Vaccine operations Central Provinces 1868-1885 - 1868-1885
Year: 1868
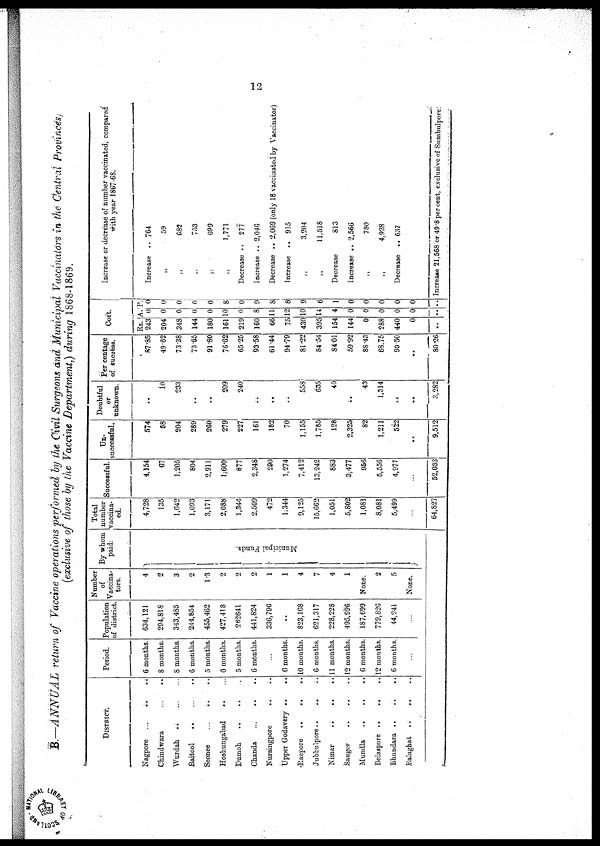
12
B.—ANNUAL return of Vaccine operations performed by the Civil Surgeons and Municipal Vaccinators in the Central Provinces;
(exclusive of those by the Vaccine Department,) during 1868-1869.
DISTRICT.
Nagpore...
...
...
Chindwara...
...
Wurdah... ...
Baitool... ...
Seonee...
...
Hoshungabad... ...
Dumoh...
...
Chanda...
...
Nursmpore...
...
Upper
Godavery...
...
Raepore... ...
Jubbulpore... ...
Nimar... ...
Saugor... ...
Mudla... ...
Belaspore... ...
Bhundara... ...
Balaghat... ...
Period.
6 months.
8 months.
8 months.
6 months.
5 months.
6 months.
5 months.
6 months.
...
6 months.
10 months.
6 months.
11 months.
12 months.
6 months.
12 months
6 months.
...
Population
of district.
634,121
294,818
343,485
244,854
455,462
427,418
262641
441,824
336,796
...
823,168
621,317
228,228
495,996
187,699
779,826
44,241
...
Number
of
Vaccina-
tors.
4
2
3
2
13
2
2
2
1
1
4
7
4
1
None.
2
5
None.
By whom
paid.
Muni c i
pa l Funds.
Total
number
vaccina-
ed.
4,728
135
1,642
1,093
3,171
2,088
1,344
2,509
472
1,344
9,125
15,662
1,051
5,802
1,081
8,081
5,499
...
64,827
Successful.
4,154
67
1,205
804
2,911
l,600
877
2,348
290
1,274
7,412
13,242
883
3,477
956
5,556
4,977
...
52,033
Un-
successful.
574
58
204
289
260
279
227
161
182
70
1,155
1,785
128
2,325
82
1,211
522
...
9,512
Doubtful
or
unknown.
..
10
233
...
...
209
240
..
...
...
558
635
40
...
43
1,314
...
...
3,282
Percentage
of success.
87.85
49.62
73.38
73.65
91.80
76.62
65.25
93.58
61.44
94.79
81.22
84.54
84.01
59.92
88.43
68.75
90.50
...
80.26
Cost.
Rs.
243
204
348
144
180
161
219
160
66
75
430
395
154
144
0
288
440
0
...
A.
0
0
0
0
0
10
0
8
11
12
10
14
4
0
0
0
0
0
...
P.
0
0
0
0
0
8
0
9
8
8
9
6
1
0
0
0
0
0
...
Increase or decrease of number vaccinated, compared
with year 1867-68.
Increase..
764
„ 59
„ 682
„ 753
„ 699
„ 1,771
Decrease .. 277
Increase .. 2,046
Decrease .. 2,069 (only 18 vaccinated by Vaccinator)
Increase .. 915
„ 3,204
„ 11,518
Decrease
813
Increase .. 2,566
„ 780
„ 4,928
Decrease .. 637
Increase 21,568 or 49.8 per cent, exclusive of Sumbulpore;